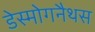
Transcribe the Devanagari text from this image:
डेस्मोगनैथस